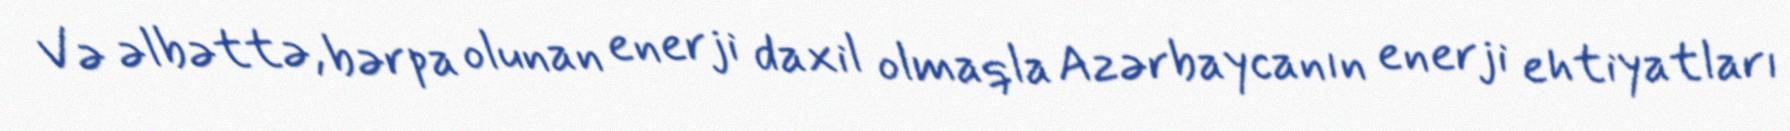
Və əlbəttə, bərpa olunan enerji daxil olmaqla Azərbaycanın enerji ehtiyatları